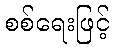
စစ်ရေးဖြင့်